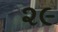
૨૯